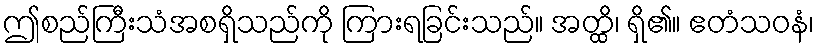
ဤစည်ကြီးသံအစရှိသည်ကို ကြားရခြင်းသည်။ အတ္ထိ၊ ရှိ၏။ ဧတံသဝနံ၊